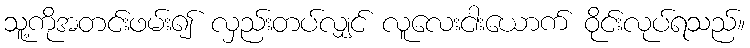
သူ့ကိုအတင်းဖမ်း၍ လှည်းတပ်လျှင် လူလေးငါးယောက် ဝိုင်းလုပ်ရသည်။